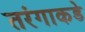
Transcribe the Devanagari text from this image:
तरंगाकडे